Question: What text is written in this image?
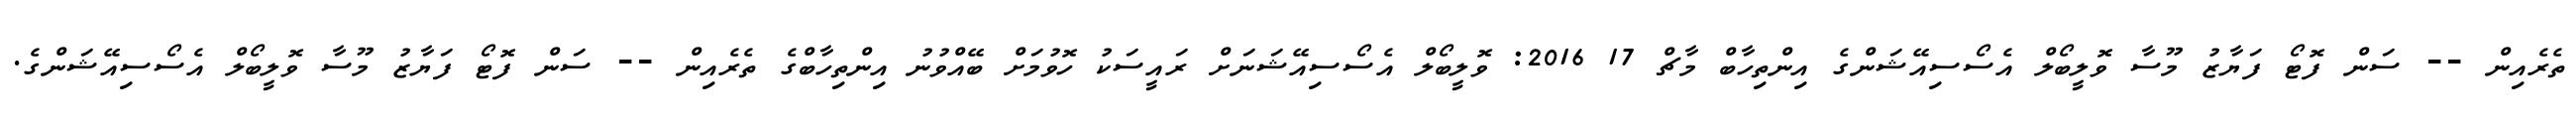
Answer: ތެރެއިން -- ސަން ފޮޓޯ ފަޔާޒު މޫސާ ވޮލީބޯލް އެސޯސިއޭޝަންގެ އިންތިހާބް މާޗް 17 2016: ވޮލީބޯލް އެސޯސިއޭޝަނަށް ރައީސަކު ހޮވުމަށް ބޭއްވުނު އިންތިހާބްގެ ތެރެއިން -- ސަން ފޮޓޯ ފަޔާޒު މޫސާ ވޮލީބޯލް އެސޯސިއޭޝަންގެ.